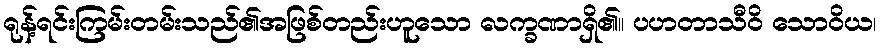
ရုန့်ရင်းကြမ်းတမ်းသည်၏အဖြစ်တည်းဟူသော လက္ခဏာရှိ၏။ ပဟတာသီဝိ သောဝိယ၊